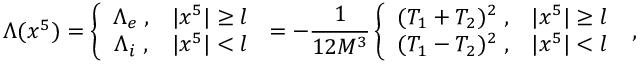
\Lambda ( x ^ { 5 } ) = \left\{ \begin{array} { c c } { { \Lambda _ { e } \; , } } & { { | x ^ { 5 } | \ge l } } \\ { { \Lambda _ { i } \; , } } & { { | x ^ { 5 } | < l } } \end{array} \right. = - \frac { 1 } { 1 2 M ^ { 3 } } \left\{ \begin{array} { c c } { { ( T _ { 1 } + T _ { 2 } ) ^ { 2 } \; , } } & { { | x ^ { 5 } | \ge l } } \\ { { ( T _ { 1 } - T _ { 2 } ) ^ { 2 } \; , } } & { { | x ^ { 5 } | < l } } \end{array} \right. \; ,